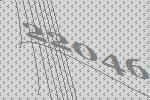
22046